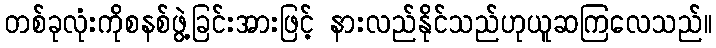
တစ်ခုလုံးကိုစနစ်ဖွဲ့ခြင်းအားဖြင့် နားလည်နိုင်သည်ဟုယူဆကြလေသည်။